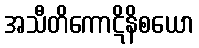
အသီတိကောဋိနိစယော